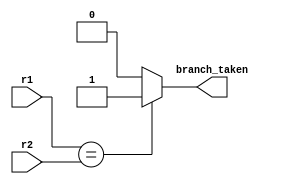
`timescale 1ns / 1ps
//////////////////////////////////////////////////////////////////////////////////
// Company: 
// Engineer: 
// 
// Design Name: 
// Module Name:    comparison_unit 
// Project Name: 
// Target Devices: 
// Tool versions: 
// Description: 
//
// Dependencies: 
//
// Revision: 
// Revision 0.01 - File Created
// Additional Comments: 
//
//////////////////////////////////////////////////////////////////////////////////
module comparison_unit(
	input[31:0] r1,r2,
	output reg branch_taken
    );
	 always@(*)begin
		if(r1 == r2) branch_taken <= 1;
		else branch_taken <=0;
	
	 end
endmodule